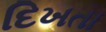
દિખતા